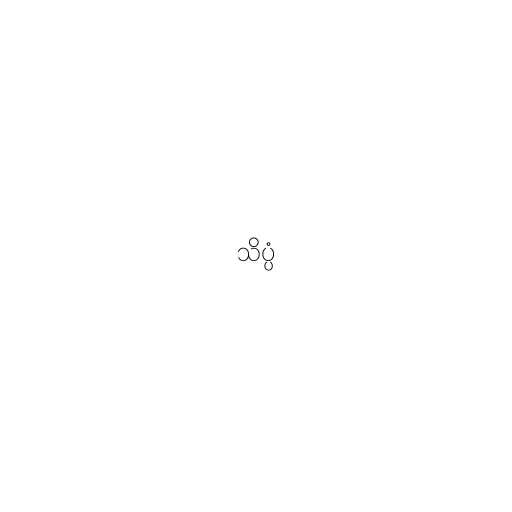
သိပ္ပံ